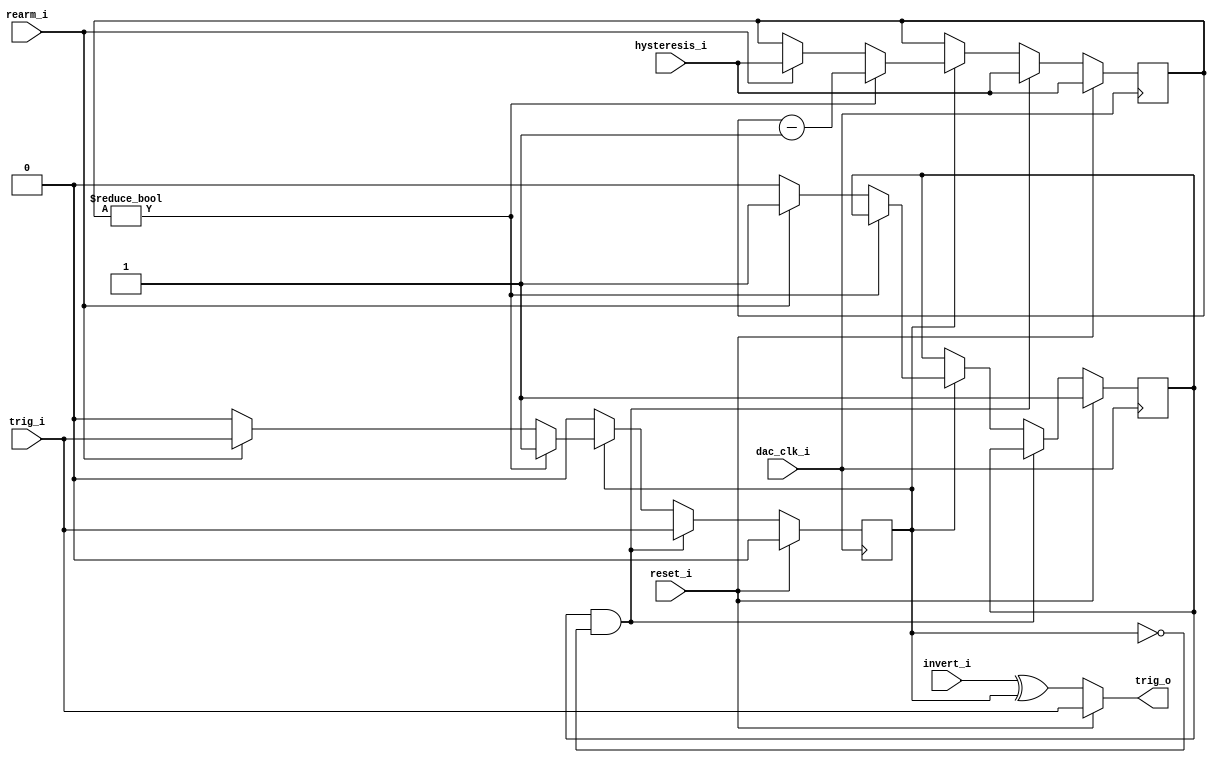
module red_pitaya_adv_trigger #(
    parameter COUNTERSZ = 64
)
(
    input           dac_clk_i,
    input           reset_i,  
    input           trig_i,
    output          trig_o,
    input           rearm_i,
    input           invert_i,
    input [COUNTERSZ-1:0]  hysteresis_i 
    );
reg [COUNTERSZ-1:0] counter;
reg triggered;
reg armed;
always @(posedge dac_clk_i) begin
    if (reset_i == 1'b1) begin
        triggered <= 1'b0;
        armed <= 1'b1;
        counter <= hysteresis_i;
        end
    else if (armed&(!triggered)) begin
        triggered <= trig_i;
        counter <= hysteresis_i;
        end
    else if (triggered) begin
        if ( counter != {COUNTERSZ{1'b0}} ) 
            counter <= counter - {{COUNTERSZ-1{1'b0}},1'b1};
        else begin               
            if (rearm_i) begin    
                triggered <= trig_i; 
                armed <= 1'b1;       
                counter <= hysteresis_i; 
                end
            else begin  
                triggered <= 1'b0; 
                armed <= 1'b0;     
                end
        end
    end
end
assign trig_o = reset_i ? trig_i : (invert_i ^ triggered);
endmodule